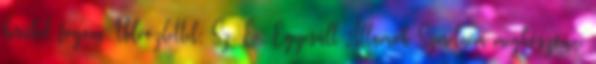
hírüket fogom Üdvözlettel: Sz. É., Egyesült Államok Szeretném megköszönni